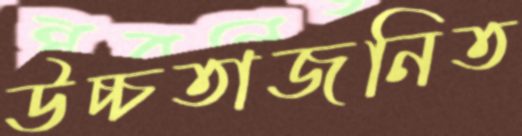
উচ্চতাজনিত